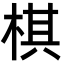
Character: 棋